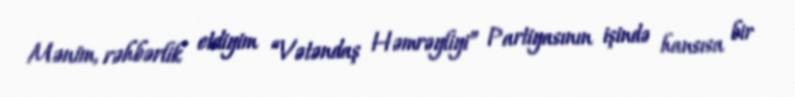
Mənim, rəhbərlik etdiyim “Vətəndaş Həmrəyliyi” Partiyasının işində hansısa bir